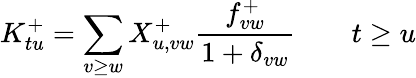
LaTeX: K_{tu}^{+}=\sum_{v\ge w}X_{u,vw}^{+}\frac{f_{vw}^{+}}{1+\delta_{vw}}\qquad t\ge u